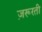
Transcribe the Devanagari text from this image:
ज़रूरती